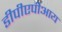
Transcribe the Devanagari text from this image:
डीपीएपीआय